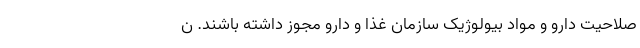
صلاحیت دارو و مواد بیولوژیک سازمان غذا و دارو مجوز داشته باشند. ن